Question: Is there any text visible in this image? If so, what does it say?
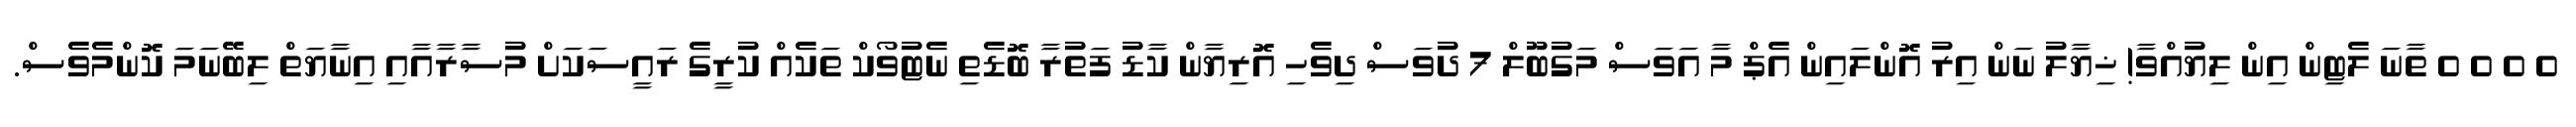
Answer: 0 0 0 0 ތާނަ ލެޓިން އިން ލިޔުއްވާ! ޚިޔާލު ނަން އިރު އޮންލައިން އެޕް މާ އަވަސް މަގުބޫލް 7 ދުވަސް ދިވެހި އޮރިޔާން ކާޑު ފަތުރާ ބޮޑެތި ނެޓުވޯކް ތަކެއް ކުރީގެ ރައީސަކަށް މުސާރާއާއި އިނާޔަތް ލިބޭނަމަ ކޮންމެވެސް.